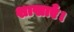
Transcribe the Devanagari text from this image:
शाखाएँ।